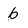
Character: b